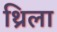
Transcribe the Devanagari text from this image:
थ्रिला